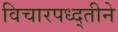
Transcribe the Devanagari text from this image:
विचारपध्द्तीने